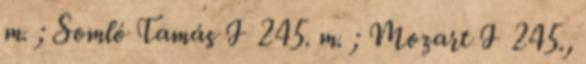
m. ; Somló Tamás I 245. m. ; Mozart I 245.,